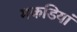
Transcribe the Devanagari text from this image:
मकडियां